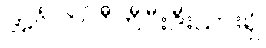
အင်္ဂလိပ်ဝီကီပီးဒီးယားရှိ